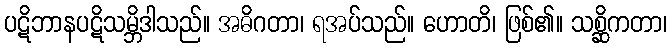
ပဋိဘာနပဋိသမ္ဘိဒါသည်။ အဓိဂတာ၊ ရအပ်သည်။ ဟောတိ၊ ဖြစ်၏။ သစ္ဆိကတာ၊